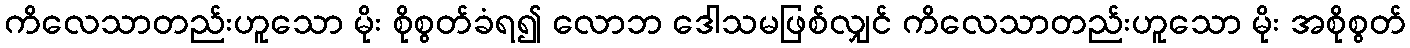
ကိလေသာတည်းဟူသော မိုး စိုစွတ်ခံရ၍ လောဘ ဒေါသမဖြစ်လျှင် ကိလေသာတည်းဟူသော မိုး အစိုစွတ်